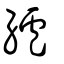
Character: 纑